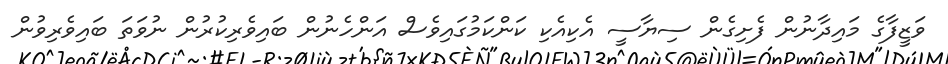
ވަޒީފާގެ މައިދާނުން ފެށިގެން ސިޔާސީ އެކިއެކި ކަންކަމުގައިވެސް އަންހެނުން ބައިވެރިކުރުން ނުވަތަ ބައިވެރިވުން